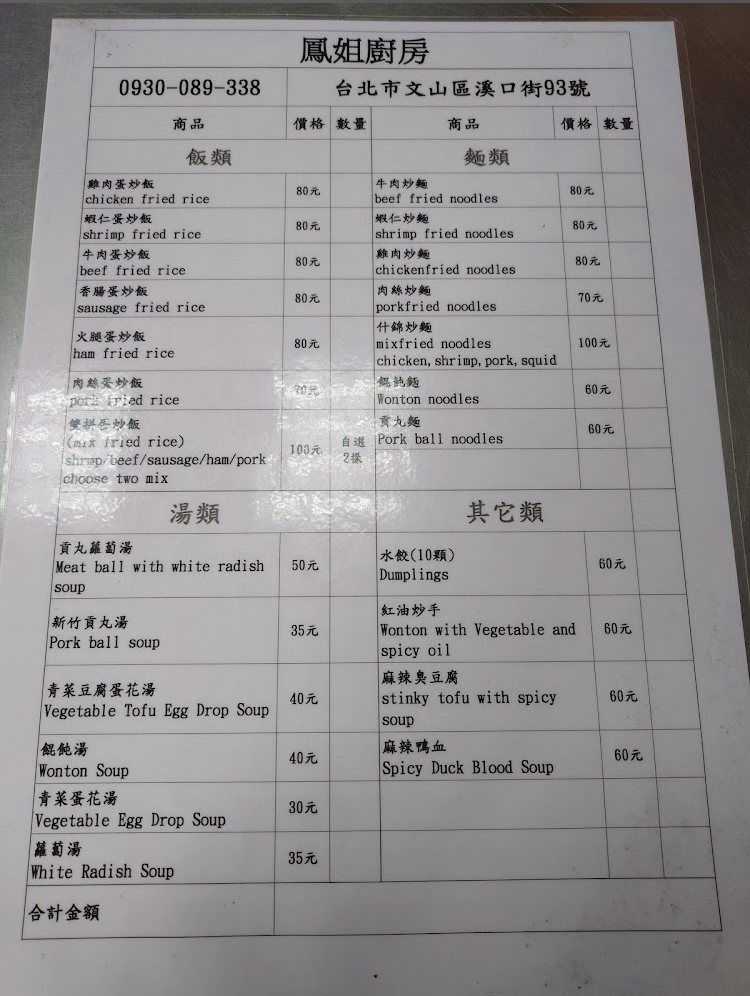
餐廳：鳳姐廚房
地址：台北市文山區溪口街93號
電話：0930-089-338
菜單：
name: 雞肉蛋炒飯
price: 80
name: 蝦仁蛋炒飯
price: 80
name: 牛肉蛋炒飯
price: 80
name: 香腸蛋炒飯
price: 80
name: 火腿蛋炒飯
price: 80
name: 肉絲蛋炒飯
price: 80
name: 雙拼蛋炒飯
price: 100
name: 貢丸蘿蔔湯
price: 50
name: 新竹貢丸湯
price: 35
name: 青菜豆腐蛋花湯
price: 40
name: 餛飩湯
price: 40
name: 青菜蛋花湯
price: 30
name: 蘿蔔湯
price: 35
name: 牛肉炒麵
price: 80
name: 蝦仁炒麵
price: 80
name: 雞肉炒麵
price: 80
name: 肉絲炒麵
price: 70
name: 什錦炒麵
price: 100
name: 餛飩麵
price: 70
name: 貢丸麵
price: 70
name: 水餃(10顆)
price: 60
name: 紅油炒手
price: 60
name: 麻辣臭豆腐
price: 60
name: 麻辣鴨血
price: 60